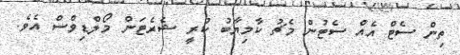
ތިން ސެޓް އެއް ސެޓުން މެޗު ކާމިޔާބު ކުރީ ޝެރެޓަން މޯލްޑިވްސް އެވެ.